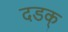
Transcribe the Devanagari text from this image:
दडक्